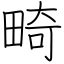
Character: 畸